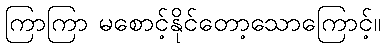
ကြာကြာ မစောင့်နိုင်တော့သောကြောင့်။